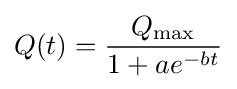
Q(t)={Q_{\rm {max}} \over {1+ae^{-bt}}}